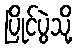
ပြိုင်ပွဲသို့